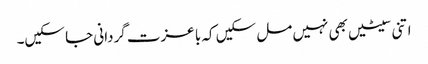
اتنی سیٹیں بھی نہیں مل سکیں کہ با عزت گردانی جا سکیں۔